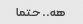
هه.. حتما